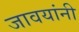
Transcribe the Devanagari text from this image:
जावयांनी